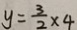
y = \frac { 3 } { 2 } \times 4